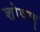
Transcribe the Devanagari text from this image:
शोषण्